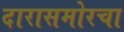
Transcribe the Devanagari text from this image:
दारासमोरचा